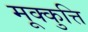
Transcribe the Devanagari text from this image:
मूक्कुत्ति